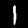
Digit: 1